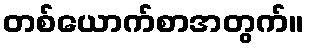
တစ်ယောက်စာအတွက်။